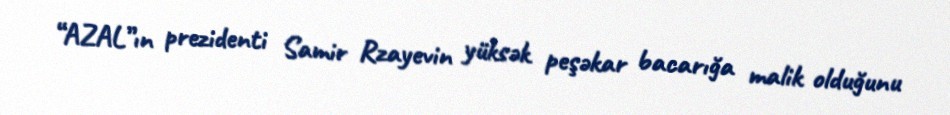
“AZAL”ın prezidenti Samir Rzayevin yüksək peşəkar bacarığa malik olduğunu